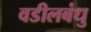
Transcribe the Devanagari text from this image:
वडीलबंधु